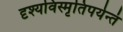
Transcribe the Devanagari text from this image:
दृश्यविस्मृतिपर्यन्तं